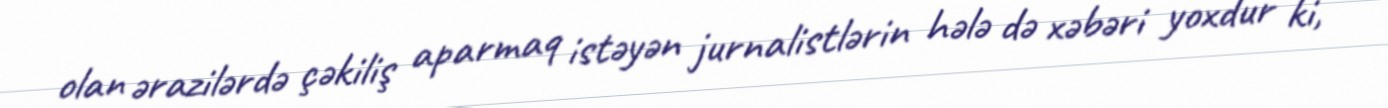
olan ərazilərdə çəkiliş aparmaq istəyən jurnalistlərin hələ də xəbəri yoxdur ki,